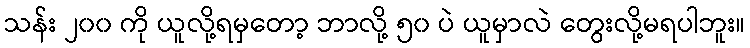
သန်း ၂၀၀ ကို ယူလို့ရမှတော့ ဘာလို့ ၅၀ ပဲ ယူမှာလဲ တွေးလို့မရပါဘူး။